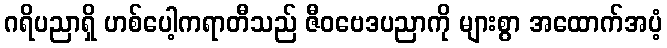
ဂရိပညာရှိ ဟစ်ပေါ့ကရာတီသည် ဇီဝဗေဒပညာကို များစွာ အထောက်အပံ့